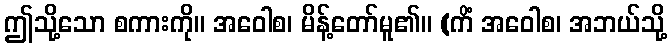
ဤသို့သော စကားကို။ အဝေါစ၊ မိန့်တော်မူ၏။ (ကိံ အဝေါစ၊ အဘယ်သို့